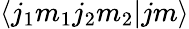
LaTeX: \langle j_{1}m_{1}j_{2}m_{2}|jm\rangle